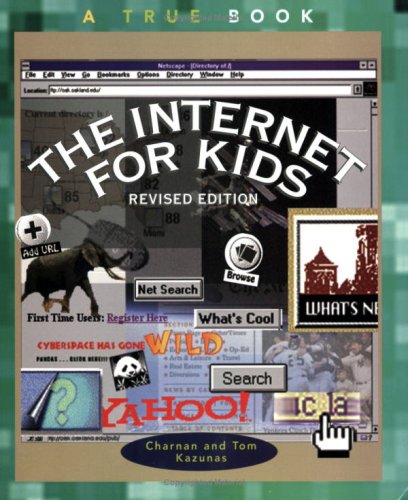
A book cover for Internet for Kids, the (Rev) (True Books: Computers); Charnan Kazunas; Children's Books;